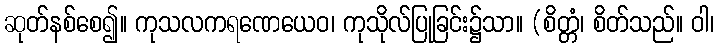
ဆုတ်နစ်စေ၍။ ကုသလကရဏေယေဝ၊ ကုသိုလ်ပြုခြင်း၌သာ။ (စိတ္တံ၊ စိတ်သည်။ ဝါ၊